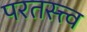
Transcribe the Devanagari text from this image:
परतस्त्त्व